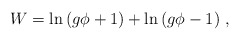
\begin{align*}W = \ln\,(g \phi+1) + \ln\,(g \phi-1)\ ,\end{align*}